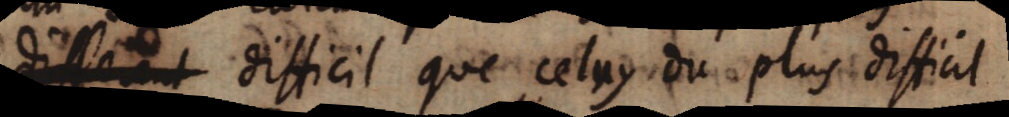
diffeeet difficil que celuy du plus difficil